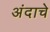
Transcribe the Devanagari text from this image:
अंदाचे